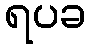
ရပခ